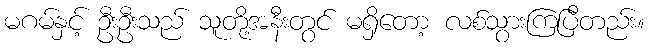
မဂမ်နှင့် ဦးဦးသည် သူတို့အနီးတွင် မရှိတော့ လစ်သွားကြပြီတည်း။